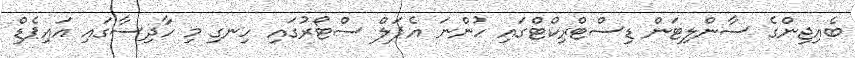
ބެއިޖިންގެ ސާންލިޓަން ޑިސްޓްރިކްޓްގައި ހުންނަ އެޕަލް ސްޓޯރުގައި ހިނގި މި ހާދިސާގައި އައިޕެޑް